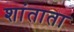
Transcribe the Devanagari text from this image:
शांताता